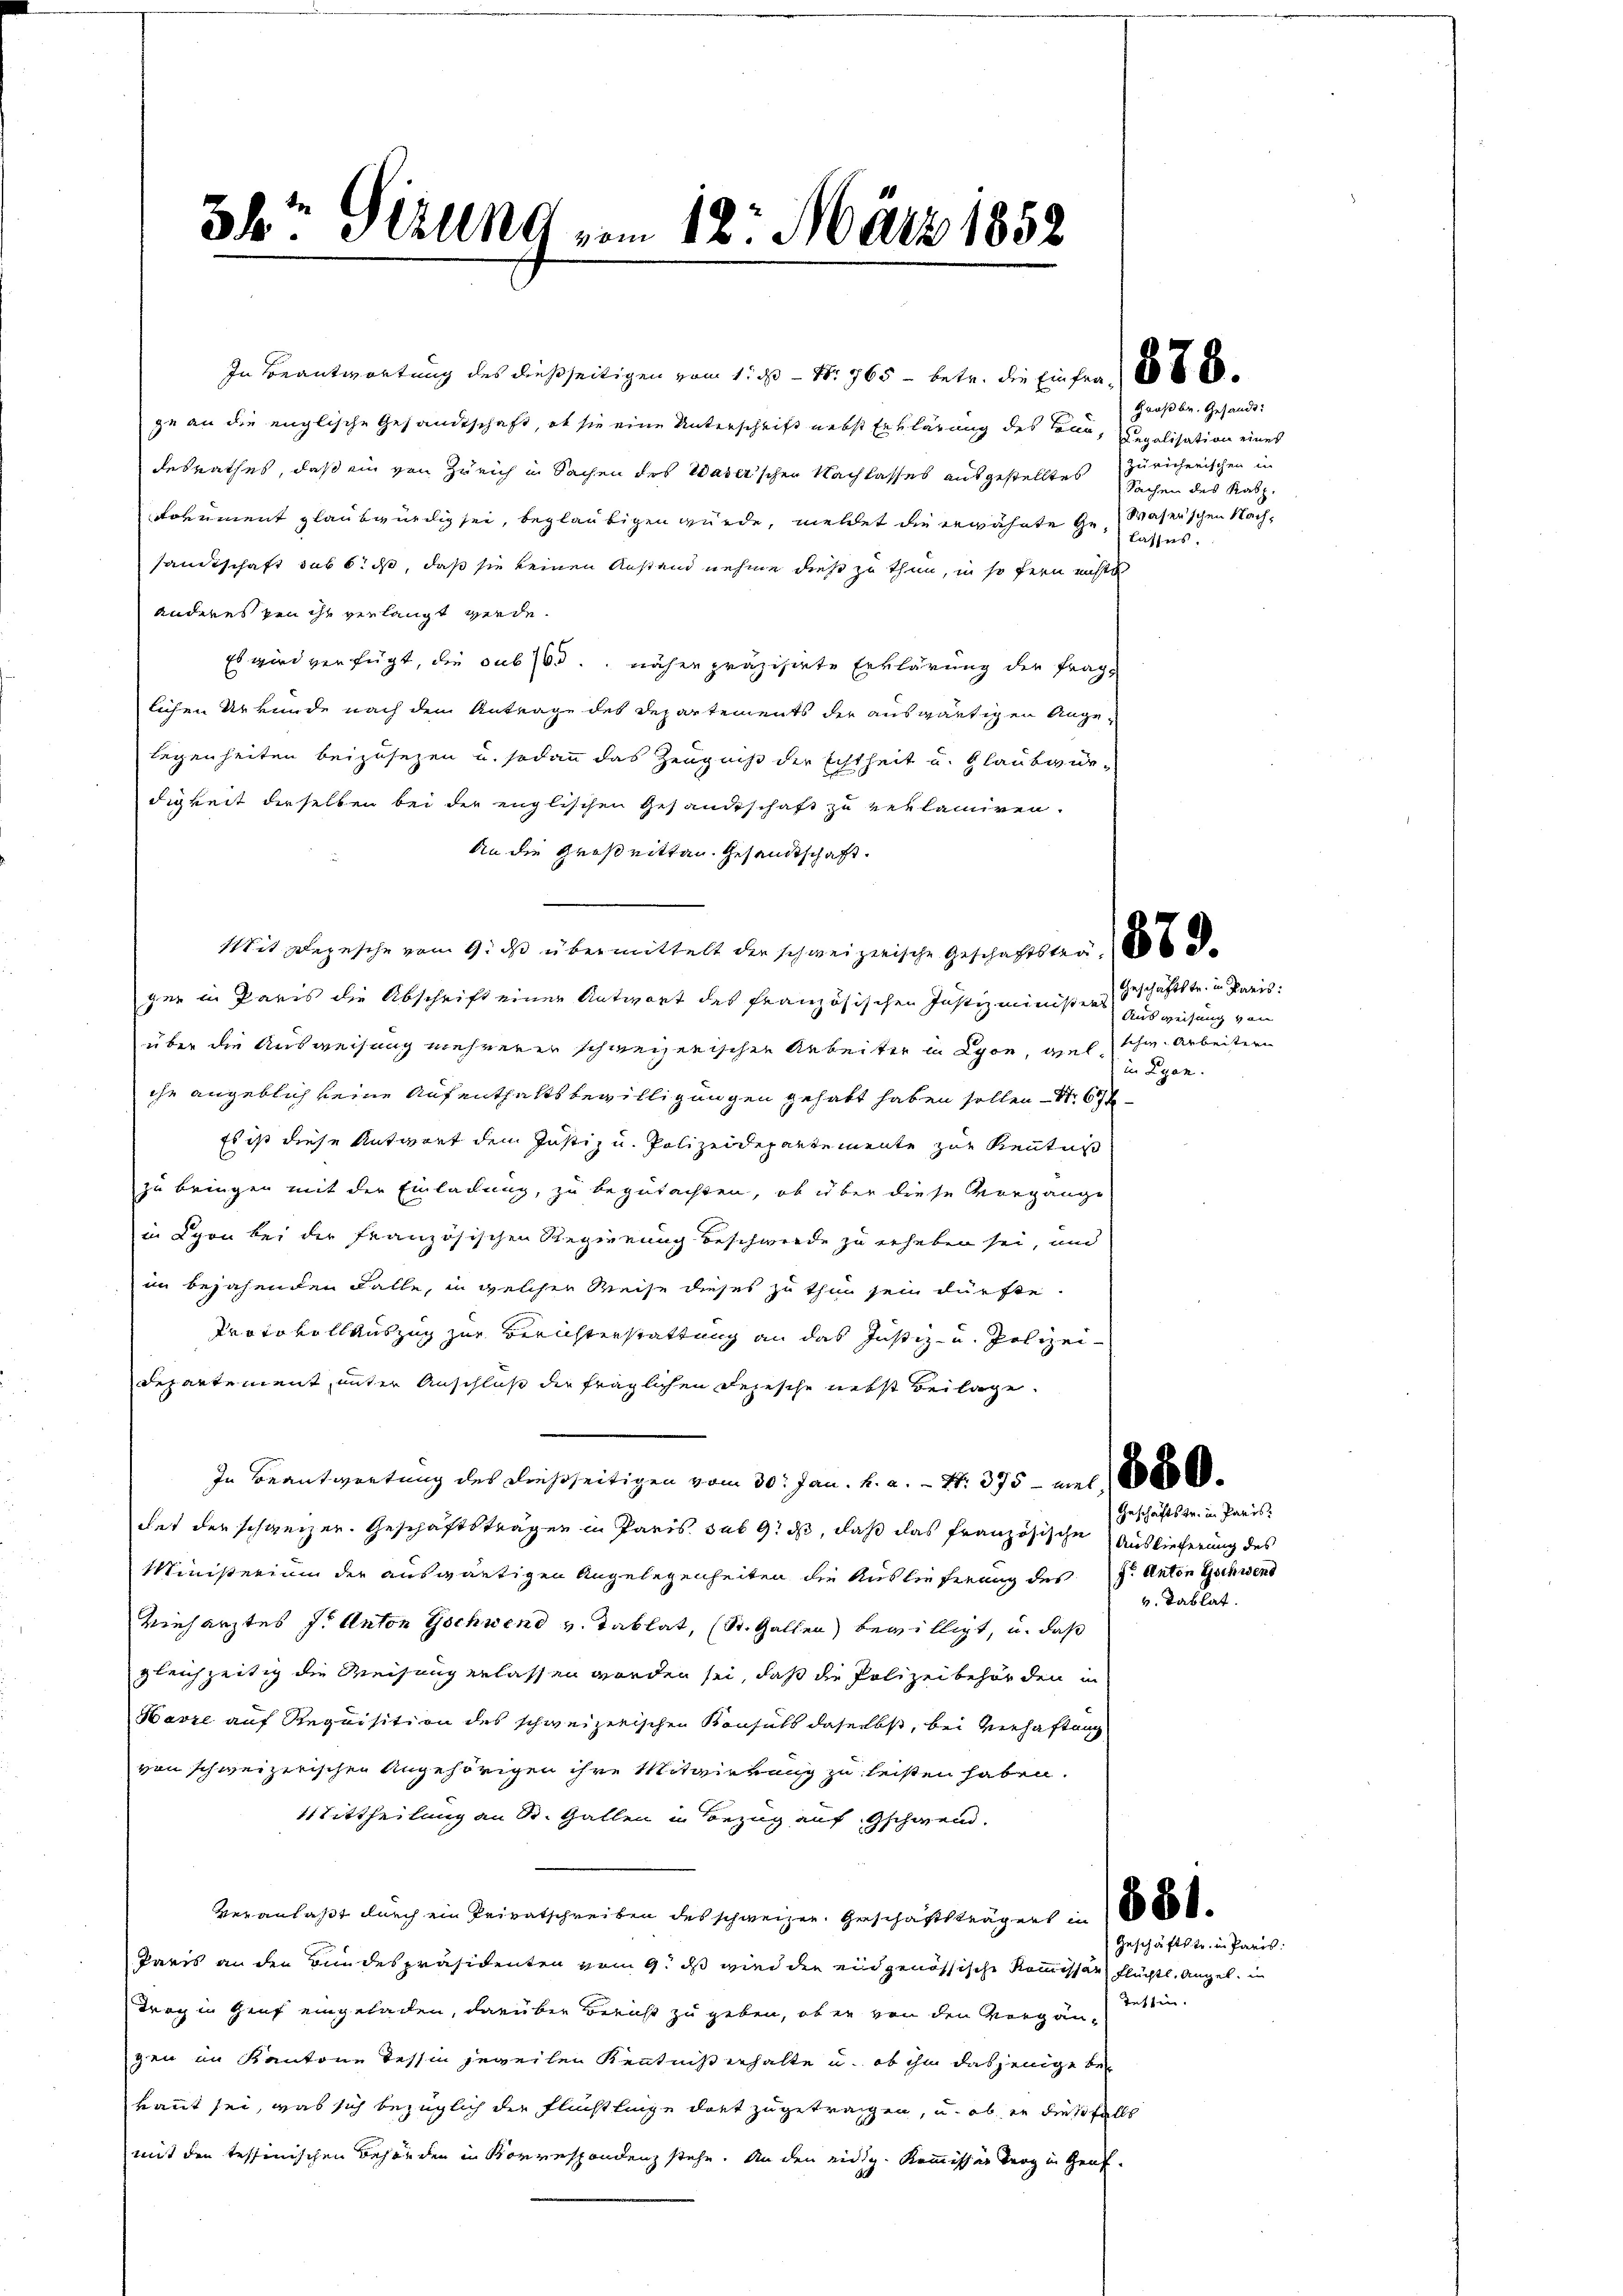
3kr. Sizung vom 12. März 1852.

ge an die englische Gesandtschaft, ob sie eine Unterschrift nebst Erklärung des Senn, Regalisation eines
desrathes, daß ein von Zürich in Sachen des Waser’schen Nachlasses ausgestelltes Sachen des Kasz.
Lokument glaubwürdig sei, beglaubigen würde, meldet die erwähnte Gesandtschaft sub 6. ds, daß sie keinen Anstand nehme diese zu thun, in so fern nicht
anderes zen ihr verlangt werde.
Es wird verfügt, die sub 163. näher präzisirte Erklärung der fraglichen Urkunde nach dem Antrage des Departements der auswärtigen Angelegenheiten beizusezen u. sodann das Zeugniß der Echtheit und Glaubwiedigkeit derselben bei der englischen Gesandtschaft zu reklamiren.
An die Großnitten. Gesandtschaft.
Mit Bezusche vom 9. ds übermittelt der schweizerische Geschäftstag 1886 d
gen in Paris die Abschrift einer Antwort des französischen Justizministers Geschäftstr. in Paris
über die Ausweisung mehrerer schweizerischen Arbeiter in Lyon, viel schw. Arbeitern
che angeblich keine Aufenthaltsbewilligungen gehabt haben sollen - Nr. 674.
Es ist diese Antwort dem Justiz u. Polizeidepartemente zur Kenntniß
zu bringen mit der Einladung, zu begutachten, ob über diese Vorgange
in Lyon bei der französischen Regierung beschwerde zu erheben sei, und
im bejahenden Falle, in welcher Weise dieses zu thun sein dürfte.
Protokollauszug zur Berichterstattung an das Justiz- und Polizei¬
Departement, unter Anschluß die fraglichen Depesche nebst Beilage.
In Beantwortung des dießseitigen vom 30. Jan. k. a. S. 375 - mit 1800000
tet der schweizer. Geschäftsträgen in Paris sub 9. ds, daß das französische Auslieferung des
Ministerium der auswärtigen Angelegenheiten die Auslieferung des J. Anton Gschwend
Vieharztes J. Anton Gschwend v. Tablat, (St. Gallen bewilligt, u. daß
gleichzeitig die Weisung erlassen worden sei, daß die Polizeibehörden in
Havre auf Requisition des schweizerischen Konsuls daselbst, bei Verhaftung
von schweizerischen Angehörigen ihre Mitwirkung zu leisten haben.
Mittheilung an St. Gallen in Bezug auf Gschweid.
veranlaßt durch ein Privatschreiben des schweizer. Geschäftsträgers in 100
Paris an den Bundespräsidenten vom 9. ds wird der eidgenössische Kommissär flüchtl. Angel. in
Trog in Genf eingeladen, darüber Bericht zu geben, ob er von den Vorgan Tessin.
gen im Kantone Tessin jeweilen Kenntniß erhalte u. ob ihm dasjenige bekannt sei, was sich bezüglich der Flüchtlinge dort zugetragen, u. ob er diesfalls
mit den tessinischen Behörden in Korrespondenz stehe. An den eidig. Kommissär berg in Genf.

In Beantwortung des dießseitigen vom 1. es  N. 765 - betr. die Einfra 20 x

Großbr. Gesandt:
zuricherischen in
Waser'schen Nach-
Lasses.

Ausweisung von
in Lyon.

Geschäftstr. in Paris.
v. Tablat.

Geschäftstr. in Paris.